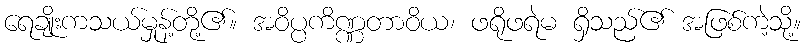
ရေချိုးကသယ်မှုန့်တို့၏။ အဝိပ္ပကိဏ္ဏတာဝိယ၊ ဖရိုဖရဲမ ရှိသည်၏ အဖြစ်ကဲ့သို့။